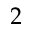
2